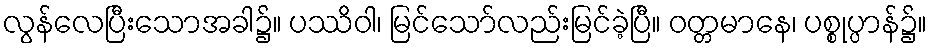
လွန်လေပြီးသောအခါ၌။ ပဿိဝါ၊ မြင်သော်လည်းမြင်ခဲ့ပြီ။ ဝတ္တမာနေ၊ ပစ္စုပ္ပာန်၌။